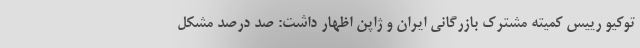
توکیو رییس کمیته مشترک بازرگانی ایران و ژاپن اظهار داشت: صد درصد مشکل